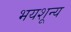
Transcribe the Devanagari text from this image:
भयशून्य